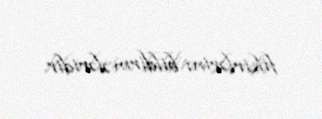
fikirlərini bildirmələridir.